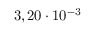
3 , 2 0 \cdot 1 0 ^ { - 3 }